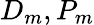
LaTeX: D_{m},P_{m}